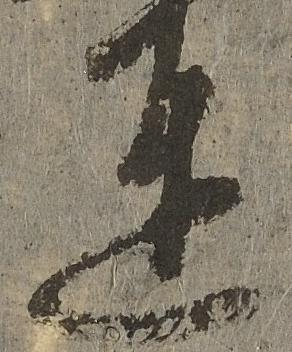
達